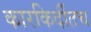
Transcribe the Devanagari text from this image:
कारकिर्दीतच